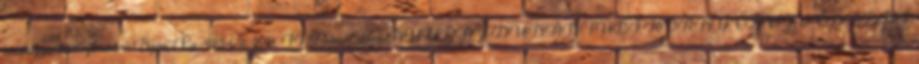
hivatkozzon iktatószámunkra Szám: Ea.: 425-1 2 2014 II. Paksa Tibor NYUGAT-DUNÁNTÚLI KÖRNYEZETVÉDELMI,